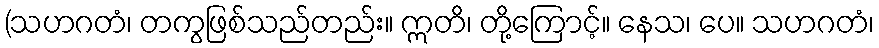
(သဟဂတံ၊ တကွဖြစ်သည်တည်း။ ဣတိ၊ တို့ကြောင့်။ နေသ၊ ပေ။ သဟဂတံ၊